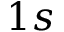
1 s